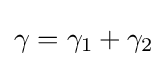
\gamma =\gamma _{1}+\gamma _{2}